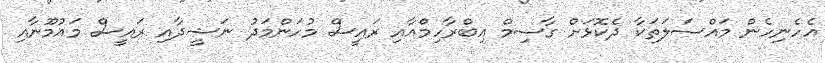
އެހެނިހެން މައްސަލަތަކާ ދެކޮޅަށް ގާސިމް އިބްރާހިމްއާއި ރައީސް މުހަންމަދު ނަޝީދާއި ރައީސް މައުމޫނާއި